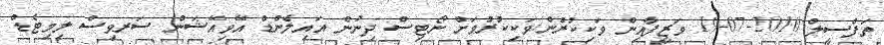
ތަފްސީލް 2010-07-19 ވަޒީފާއިން ވަކިކުރުން/ވަކިކުރުމަށް ނޯޓިސް ދިނުން އައިލެންޑް އޭވިއޭޝަން ސަރވިސް ލިމިޓެޑް